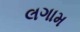
લગામ